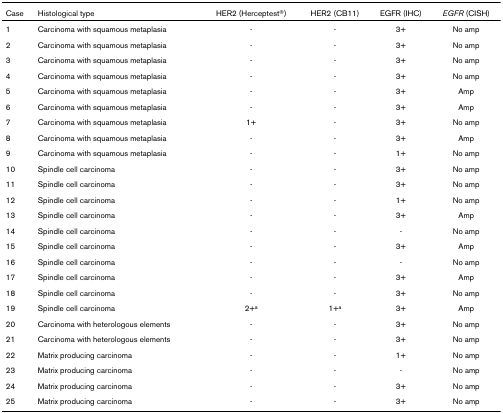
<table><thead><tr><td><b>Case</b></td><td><b>Histological type</b></td><td><b>HER2 (Herceptest<sup>®</sup>)</b></td><td><b>HER2 (CB11)</b></td><td><b>EGFR (IHC)</b></td><td><b><i>EGFR</i> (CISH)</b></td></tr></thead><tbody><tr><td>1</td><td>Carcinoma with squamous metaplasia</td><td>-</td><td>-</td><td>3+</td><td>No amp</td></tr><tr><td>2</td><td>Carcinoma with squamous metaplasia</td><td>-</td><td>-</td><td>3+</td><td>No amp</td></tr><tr><td>3</td><td>Carcinoma with squamous metaplasia</td><td>-</td><td>-</td><td>3+</td><td>No amp</td></tr><tr><td>4</td><td>Carcinoma with squamous metaplasia</td><td>-</td><td>-</td><td>3+</td><td>No amp</td></tr><tr><td>5</td><td>Carcinoma with squamous metaplasia</td><td>-</td><td>-</td><td>3+</td><td>Amp</td></tr><tr><td>6</td><td>Carcinoma with squamous metaplasia</td><td>-</td><td>-</td><td>3+</td><td>Amp</td></tr><tr><td>7</td><td>Carcinoma with squamous metaplasia</td><td>1+</td><td>-</td><td>3+</td><td>No amp</td></tr><tr><td>8</td><td>Carcinoma with squamous metaplasia</td><td>-</td><td>-</td><td>3+</td><td>Amp</td></tr><tr><td>9</td><td>Carcinoma with squamous metaplasia</td><td>-</td><td>-</td><td>1+</td><td>No amp</td></tr><tr><td>10</td><td>Spindle cell carcinoma</td><td>-</td><td>-</td><td>3+</td><td>No amp</td></tr><tr><td>11</td><td>Spindle cell carcinoma</td><td>-</td><td>-</td><td>3+</td><td>No amp</td></tr><tr><td>12</td><td>Spindle cell carcinoma</td><td>-</td><td>-</td><td>1+</td><td>No amp</td></tr><tr><td>13</td><td>Spindle cell carcinoma</td><td>-</td><td>-</td><td>3+</td><td>Amp</td></tr><tr><td>14</td><td>Spindle cell carcinoma</td><td>-</td><td>-</td><td>-</td><td>No amp</td></tr><tr><td>15</td><td>Spindle cell carcinoma</td><td>-</td><td>-</td><td>3+</td><td>Amp</td></tr><tr><td>16</td><td>Spindle cell carcinoma</td><td>-</td><td>-</td><td>-</td><td>No amp</td></tr><tr><td>17</td><td>Spindle cell carcinoma</td><td>-</td><td>-</td><td>3+</td><td>Amp</td></tr><tr><td>18</td><td>Spindle cell carcinoma</td><td>-</td><td>-</td><td>3+</td><td>No amp</td></tr><tr><td>19</td><td>Spindle cell carcinoma</td><td>2+<sup>a</sup></td><td>1+<sup>a</sup></td><td>3+</td><td>Amp</td></tr><tr><td>20</td><td>Carcinoma with heterologous elements</td><td>-</td><td>-</td><td>3+</td><td>No amp</td></tr><tr><td>21</td><td>Carcinoma with heterologous elements</td><td>-</td><td>-</td><td>3+</td><td>No amp</td></tr><tr><td>22</td><td>Matrix producing carcinoma</td><td>-</td><td>-</td><td>1+</td><td>No amp</td></tr><tr><td>23</td><td>Matrix producing carcinoma</td><td>-</td><td>-</td><td>-</td><td>No amp</td></tr><tr><td>24</td><td>Matrix producing carcinoma</td><td>-</td><td>-</td><td>3+</td><td>No amp</td></tr><tr><td>25</td><td>Matrix producing carcinoma</td><td>-</td><td>-</td><td>3+</td><td>No amp</td></tr></tbody></table>